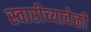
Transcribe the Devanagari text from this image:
स्वारीच्यावेळी